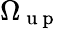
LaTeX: {\Omega}_{\mathrm{~u~p~}}